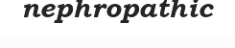
nephropathic